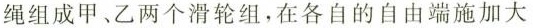
绳组成甲、乙两个滑轮组，在各自的自由端施加大